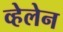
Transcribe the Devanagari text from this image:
व्हेलेन